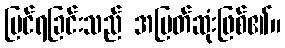
မြင်ရခြင်းသည် အမြတ်ဆုံးဖြစ်၏။